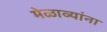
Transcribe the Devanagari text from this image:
मेळाव्यांना